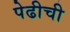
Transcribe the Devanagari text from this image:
पेढीची